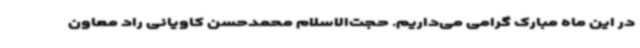
در این ماه مبارک گرامی می‌داریم. حجت‌الاسلام محمدحسن کاویانی راد معاون